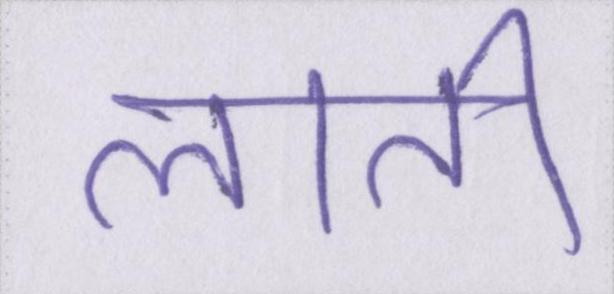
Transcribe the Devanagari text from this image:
लाती